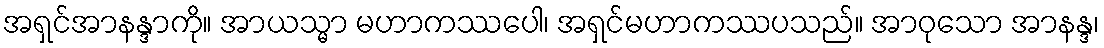
အရှင်အာနန္ဒာကို။ အာယသ္မာ မဟာကဿပေါ၊ အရှင်မဟာကဿပသည်။ အာဝုသော အာနန္ဒ၊